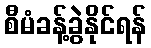
စီမံခန့်ခွဲနိုင်ရန်